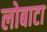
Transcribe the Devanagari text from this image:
लोबाटा